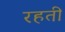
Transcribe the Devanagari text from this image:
रहती